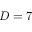
D = 7